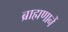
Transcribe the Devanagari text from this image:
ब्राह्मणानें